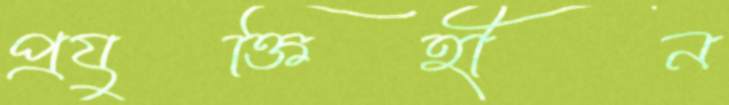
প্রযুক্তিহীন